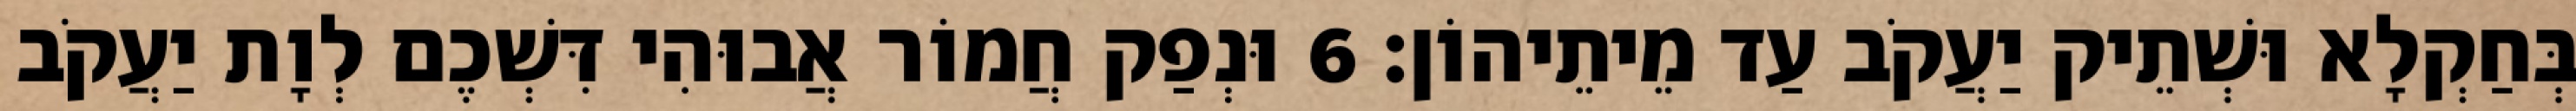
בְּחַקְלָא וּשְׁתֵיק יַעֲקֹב עַד מֵיתֵיהוֹן׃ 6 וּנְפַק חֲמוֹר אֲבוּהִי דִּשְׁכֶם לְוָת יַעֲקֹב